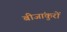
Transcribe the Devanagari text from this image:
बीजांकुरों